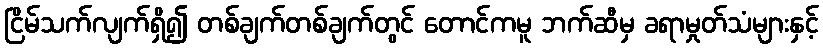
ငြိမ်သက်လျက်ရှိ၍ တစ်ချက်တစ်ချက်တွင် တောင်ကမူ ဘက်ဆီမှ ခရာမှုတ်သံများနှင့်